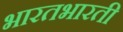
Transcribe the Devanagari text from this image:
भारतभारती